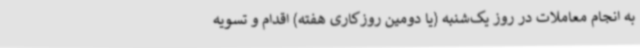
به انجام معاملات در روز یک‌شنبه (یا دومین روزکاری هفته) اقدام و تسویه